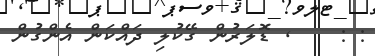
: :